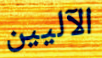
الآليين